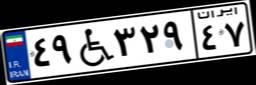
۴۹W۳۲۹۴۷